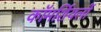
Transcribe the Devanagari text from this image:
कॉमर्शियलों